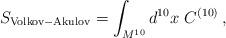
LaTeX: \begin{align*}S_{\rm Volkov-Akulov} = \int_{M^{10}} d^{10} x \ C^{(10)}\, ,\end{align*}